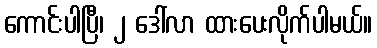
ကောင်းပါပြီ၊ ၂ ဒေါ်လာ ထားပေးလိုက်ပါမယ်။